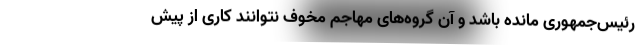
رئیس‌جمهوری مانده باشد و آن گروه‌های مهاجم مخوف نتوانند کاری از پیش